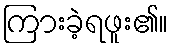
ကြားခဲ့ရဖူး၏။